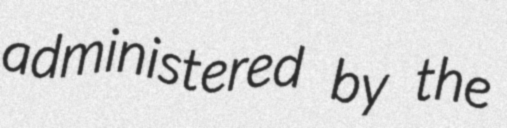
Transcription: administered by the